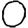
Digit: 0